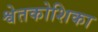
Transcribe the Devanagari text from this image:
श्वेतकोशिका